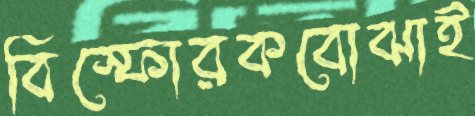
বিস্ফোরকবোঝাই